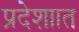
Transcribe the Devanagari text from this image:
प्रदेशाात